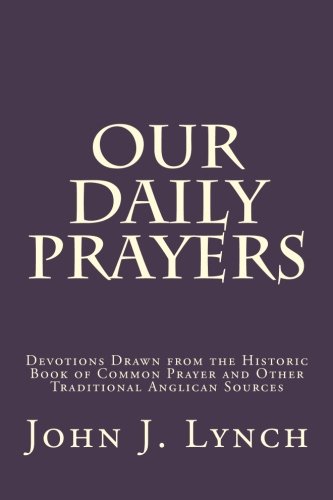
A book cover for Our Daily Prayers: Devotions Drawn from the Historic Book of Common Prayer and Other Traditional Anglican Sources; John J. Lynch; Christian Books & Bibles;